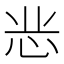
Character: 𭜝